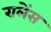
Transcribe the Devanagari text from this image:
रालेंस